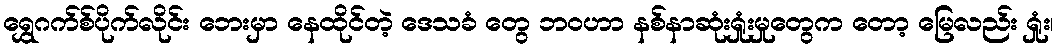
ရွှေဂက်စ်ပိုက်လိုင်း ဘေးမှာ နေထိုင်တဲ့ ဒေသခံ တွေ ဘဝဟာ နစ်နာဆုံးရှုံးမှုတွေက တော့ မြေလည်း ရှုံး၊